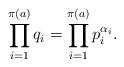
LaTeX: \begin{align*} \prod_{i = 1}^{\pi(a)} q_i = \prod_{i = 1}^{\pi(a)}p_i^{\alpha_i}. \end{align*}